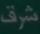
شرف